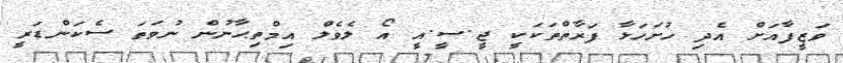
ވަޒީފާއަށް އެދި ހުށަހަޅާ ފަރާތްތަކަކީ ޖީ.ސީ.އީ އޯ ލެވެލް އިމްތިޙާނުން ނުވަތަ ސެކަންޑަރީ